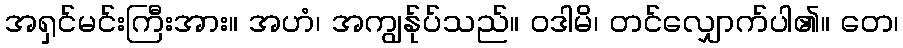
အရှင်မင်းကြီးအား။ အဟံ၊ အကျွန်ုပ်သည်။ ဝဒါမိ၊ တင်လျှောက်ပါ၏။ တေ၊